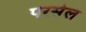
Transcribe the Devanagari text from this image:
परसेल